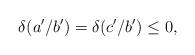
LaTeX: \begin{align*}\delta(a'/b') = \delta(c'/b') \leq 0,\end{align*}